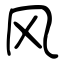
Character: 风